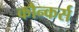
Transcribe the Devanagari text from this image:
कौन्कर्स